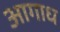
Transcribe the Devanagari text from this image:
आगाध